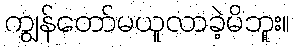
ကျွန်တော်မယူလာခဲ့မိဘူး။